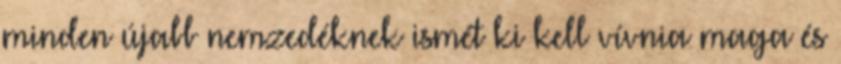
minden újabb nemzedéknek ismét ki kell vívnia maga és